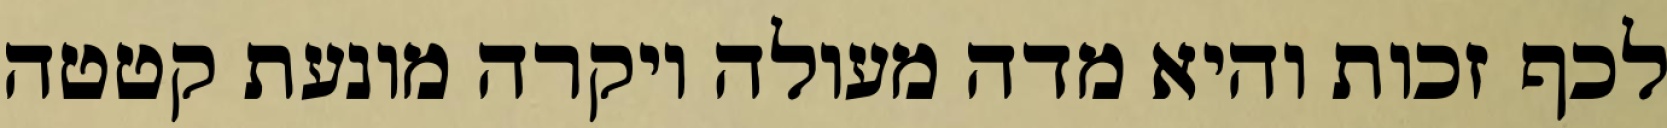
לכף זכות והיא מדה מעולה ויקרה מונעת קטטה